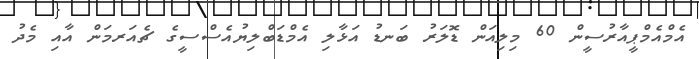
އެމްއެމްޕީއާރުސީން 60 މިލިއަން ޑޮލަރު ބަނޑު އަޅާލި އެމްޑަބްލިޔުއެސްސީގެ ޗެއަރމަން އާއި މެދު